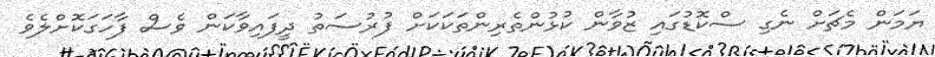
ޔަމަން މެޗަށް ނެގި ސްކޮޑުގައި ޒުވާން ކުޅުންތެރިންތަކަކަށް ފުރުސަތު ދީފައިވާކަން ވެސް ފާހަގަކޮށްލެވެ